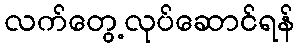
လက်တွေ့လုပ်ဆောင်ရန်